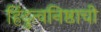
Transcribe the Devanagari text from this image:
हिंदुत्वनिष्ठाची